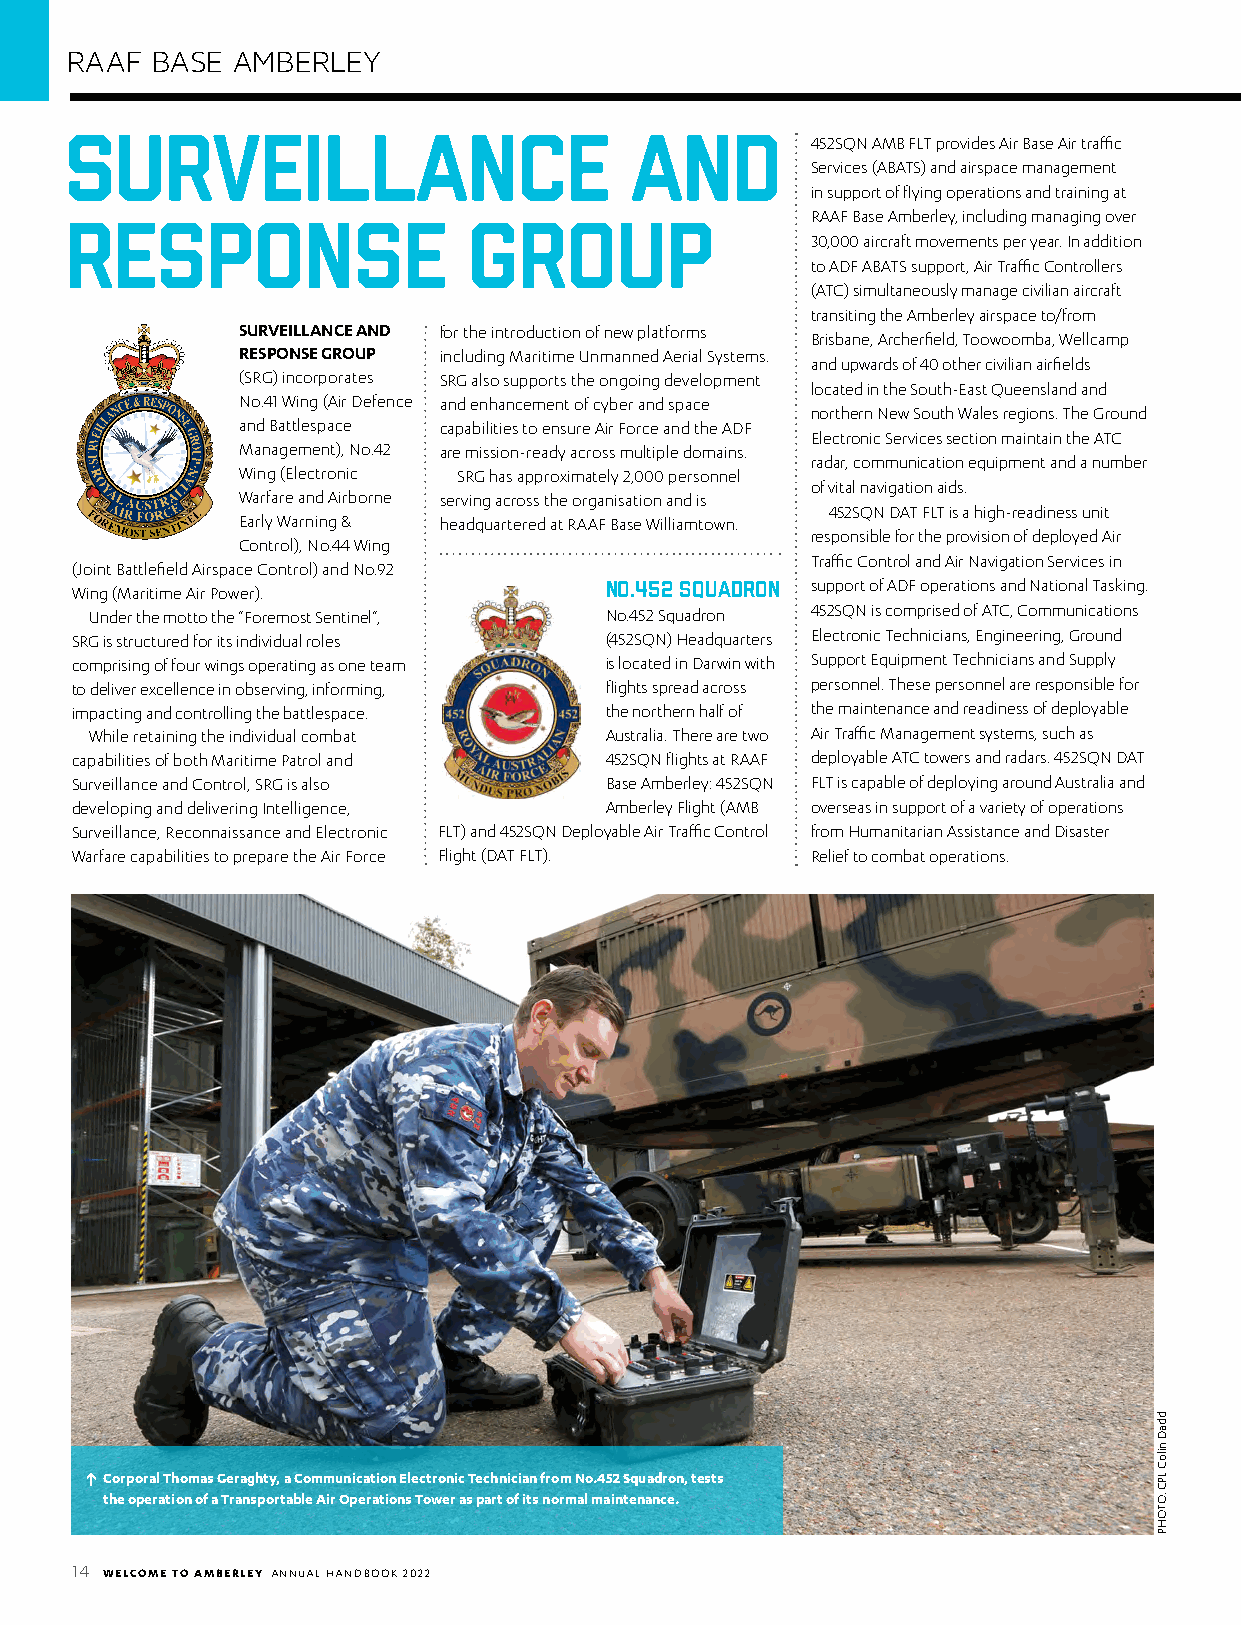
RAAF  BASE AMBERLEY
 Surveillance                          and
 452SQN AMB FLT provides Air Base Air traffic
 Services (ABATS) and airspace management
 in support of flying operations and training at
 Response                   Group                  RAAF Base Amberley, including managing over
 30,000 aircraft movements per year. In addition
 to ADF ABATS support, Air Traffic Controllers
 (ATC) simultaneously manage civilian aircraft
 transiting the Amberley airspace to/from
 SURVEILLANCE AND for the introduction of new platforms
 Brisbane, Archerfield, Toowoomba, Wellcamp
 RESPONSE GROUP including Maritime Unmanned Aerial Systems.
 and upwards of 40 other civilian airfields
 (SRG) incorporates SRG also supports the ongoing development
 located in the South-East Queensland and
 No.41 Wing (Air Defence and enhancement of cyber and space
 northern New South Wales regions. The Ground
 and Battlespace capabilities to ensure Air Force and the ADF
 Electronic Services section maintain the ATC
 Management), No.42 are mission-ready across multiple domains.
 radar, communication equipment and a number
 Wing (Electronic SRG has approximately 2,000 personnel
 of vital navigation aids.
 Warfare and Airborne serving across the organisation and is
 452SQN DAT FLT is a high-readiness unit
 Early Warning & headquartered at RAAF Base Williamtown.
 responsible for the provision of deployed Air
 Control), No.44 Wing
 Traffic Control and Air Navigation Services in
 (Joint Battlefield Airspace Control) and No.92
 No.452 Squadron support of ADF operations and National Tasking.
 Wing (Maritime Air Power).
 Under the motto the “Foremost Sentinel”, No.452 Squadron 452SQN is comprised of ATC, Communications
 SRG is structured for its individual roles (452SQN) Headquarters Electronic Technicians, Engineering, Ground
 comprising of four wings operating as one team is located in Darwin with Support Equipment Technicians and Supply
 to deliver excellence in observing, informing, flights spread across personnel. These personnel are responsible for
 impacting and controlling the battlespace. the northern half of the maintenance and readiness of deployable
 While retaining the individual combat Australia. There are two Air Traffic Management systems, such as
 capabilities of both Maritime Patrol and 452SQN flights at RAAF deployable ATC towers and radars. 452SQN DAT
 Surveillance and Control, SRG is also Base Amberley: 452SQN FLT is capable of deploying around Australia and
 developing and delivering Intelligence, Amberley Flight (AMB overseas in support of a variety of operations
 Surveillance, Reconnaissance and Electronic FLT) and 452SQN Deployable Air Traffic Control from Humanitarian Assistance and Disaster
 Warfare capabilities to prepare the Air Force Flight (DAT FLT). Relief to combat operations.
 Corporal Thomas Geraghty, a Communication Electronic Technician from No.452 Squadron, tests
 the operation of a Transportable Air Operations Tower as part of its normal maintenance.
 14 WELCOME TO AMBERLEY ANNUAL HANDBOOK 2022
 ddaD
 niloC
 LPC
 :OTOHP